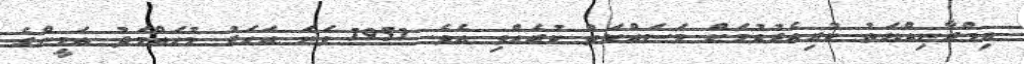
އިމްރާނިއްޔަތު ކުރިއެރުވުމަށް މަސައްކަތް ކުރެއްވި އެވެ. 1951 ވަނަ އަހަރު މުހައްމަދު އަމީންގެ